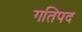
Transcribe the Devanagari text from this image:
गतिपद